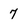
Character: 7